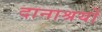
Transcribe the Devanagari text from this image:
दानाश्रयों